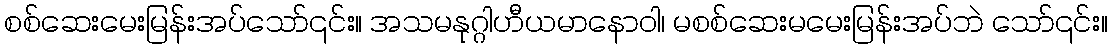
စစ်ဆေးမေးမြန်းအပ်သော်၎င်း။ အသမနုဂ္ဂါဟီယမာနောဝါ၊ မစစ်ဆေးမမေးမြန်းအပ်ဘဲ သော်၎င်း။